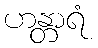
ဟန္တာရံ